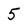
Character: 5